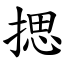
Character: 揌